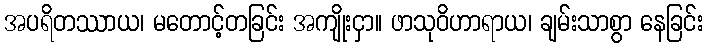
အပရိတဿာယ၊ မတောင့်တခြင်း အကျိုးငှာ။ ဖာသုဝိဟာရာယ၊ ချမ်းသာစွာ နေခြင်း